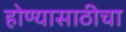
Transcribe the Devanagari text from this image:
होण्यासाठीचा